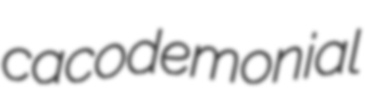
cacodemonial